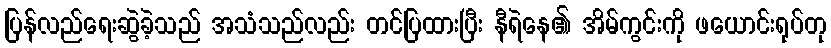
ပြန်လည်ရေးဆွဲခဲ့သည် အသံသည်လည်း တင်ပြထားပြီး နီရဲနေ၏ အိမ်ကွင်းကို ဖယောင်းရုပ်တု